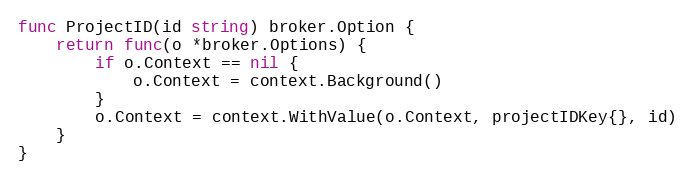
Language: Go
func ProjectID(id string) broker.Option {
	return func(o *broker.Options) {
		if o.Context == nil {
			o.Context = context.Background()
		}
		o.Context = context.WithValue(o.Context, projectIDKey{}, id)
	}
}